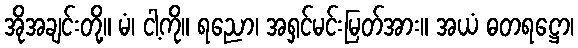
အိုအချင်းတို့။ မံ၊ ငါ့ကို။ ရညော၊ အရှင်မင်းမြတ်အား။ အယံ ဓတရဋ္ဌော၊